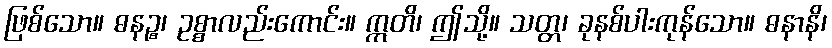
ဖြစ်သော။ ဓနဉ္စ၊ ဥစ္စာလည်းကောင်း။ ဣတိ၊ ဤသို့။ သတ္တ၊ ခုနစ်ပါးကုန်သော။ ဓနာနိ၊